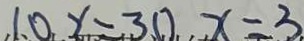
1 0 x = 3 0 x = 3